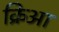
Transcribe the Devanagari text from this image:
क्रिआ